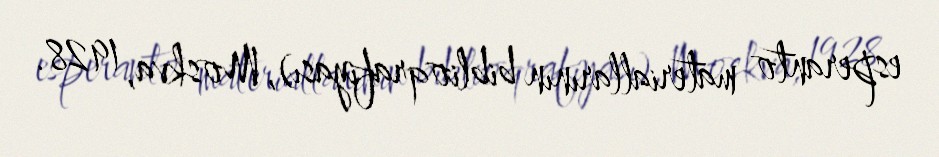
esperanto materiallarının biblioqrafiyası), Moskva, 1928.